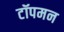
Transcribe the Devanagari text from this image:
टॉपमन